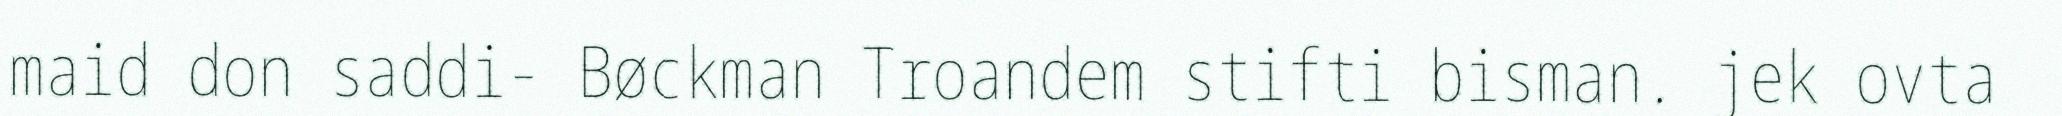
maid don saddi- Bøckman Troandem stifti bisman. jek ovta